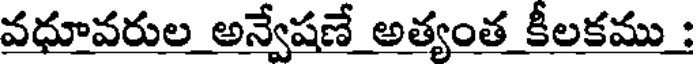
వధూవరుల అన్వేషణే అత్యంత కీలకము :